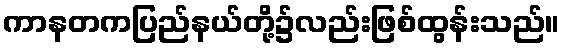
ကာနတကပြည်နယ်တို့၌လည်းဖြစ်ထွန်းသည်။